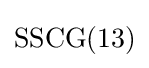
{\text{SSCG}}(13)